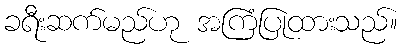
ခရီးဆက်မည်ဟု အကြံပြုထားသည်။